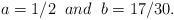
LaTeX: \begin{align*}a= 1/2\;\; and \;\; b =17/30 .\end{align*}